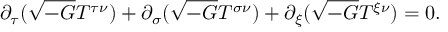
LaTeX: \partial _ { \tau } ( \sqrt { - G } T ^ { \tau \nu } ) + \partial _ { \sigma } ( \sqrt { - G } T ^ { \sigma \nu } ) + \partial _ { \xi } ( \sqrt { - G } T ^ { \xi \nu } ) = 0 .